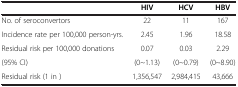
<table><thead><tr><td><b> </b></td><td><b>HIV</b></td><td><b>HCV</b></td><td><b>HBV</b></td></tr></thead><tbody><tr><td>No. of seroconvertors</td><td>22</td><td>11</td><td>167</td></tr><tr><td>Incidence rate per 100,000 person-yrs.</td><td>2.45</td><td>1.96</td><td>18.58</td></tr><tr><td>Residual risk per 100,000 donations</td><td>0.07</td><td>0.03</td><td>2.29</td></tr><tr><td>(95% CI)</td><td>(0~1.13)</td><td>(0~0.79)</td><td>(0~8.90)</td></tr><tr><td>Residual risk (1 in )</td><td>1,356,547</td><td>2,984,415</td><td>43,666</td></tr></tbody></table>